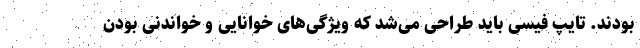
بودند. تایپ فیسی باید طراحی می‌شد که ویژگی‌های خوانایی و خواندنی بودن